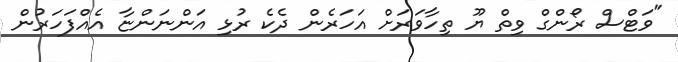
"ވަޓްސް ރޯންގް ވިތް ޔޫ ތިހާވަރަށް އަހަރެން ދެކެ ރުޅި އަންނަންޏާ އެއްފަހަރުން